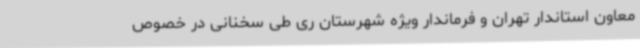
معاون استاندار تهران و فرماندار ویژه شهرستان ری طی سخنانی در خصوص